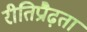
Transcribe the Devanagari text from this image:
रीतिप्रौढ़ता